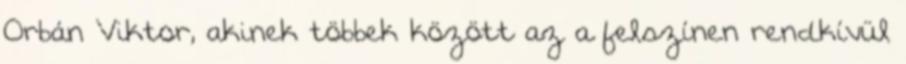
Orbán Viktor, akinek többek között az a felszínen rendkívül